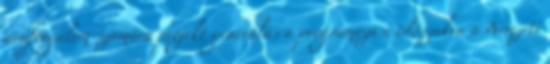
áruforgalom számára projekt generálás a programozási időszakra a Nemzeti